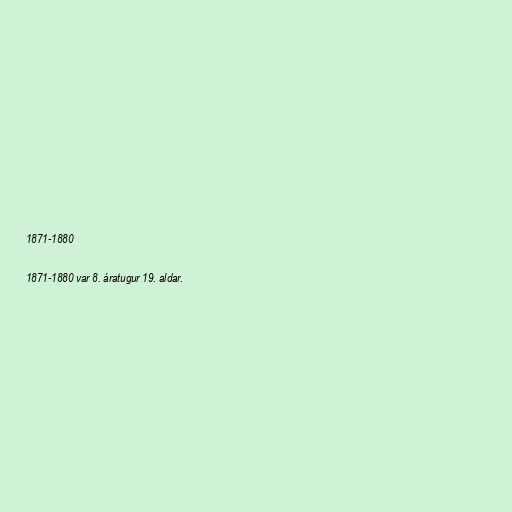
1871-1880

1871-1880 var 8. áratugur 19. aldar.